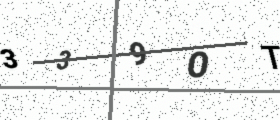
Text: 339OT